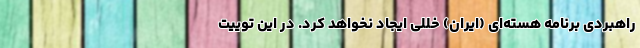
راهبردی برنامه هسته‌ای (ایران) خللی ایجاد نخواهد کرد. در این توییت